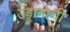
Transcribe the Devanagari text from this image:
उड्डानाची